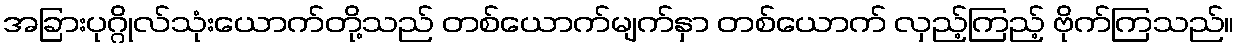
အခြားပုဂ္ဂိုလ်သုံးယောက်တို့သည် တစ်ယောက်မျက်နှာ တစ်ယောက် လှည့်ကြည့် ဗိုက်ကြသည်။